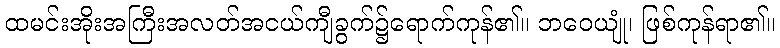
ထမင်းအိုးအကြီးအလတ်အငယ်ကျီခွက်၌ရောက်ကုန်၏။ ဘဝေယျုံ၊ ဖြစ်ကုန်ရာ၏။